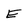
Character: E